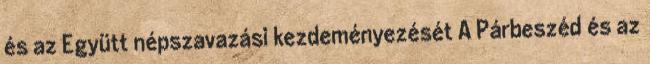
és az Együtt népszavazási kezdeményezését A Párbeszéd és az